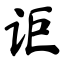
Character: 讵